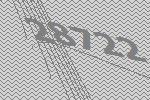
28722